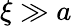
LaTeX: \xi\gg a